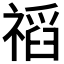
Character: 𥛗